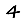
Digit: 4